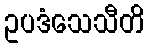
ဥပဒံသေသီတိ